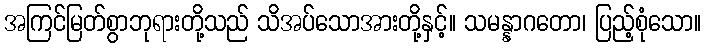
အကြင်မြတ်စွာဘုရားတို့သည် သိအပ်သောအားတို့နှင့်။ သမန္နာဂတော၊ ပြည့်စုံသော။